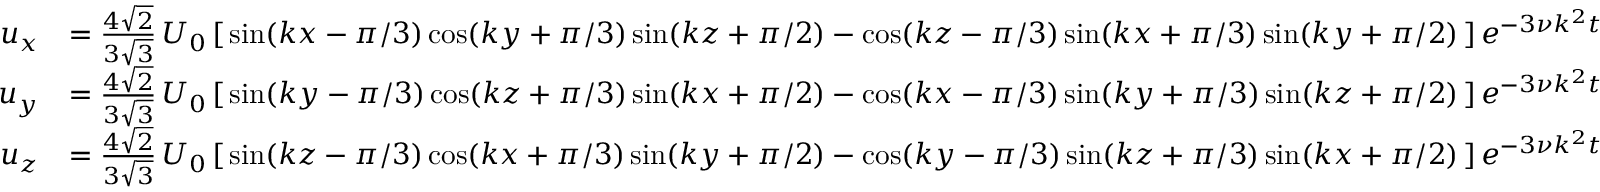
{ \begin{array} { r l } { u _ { x } } & { = { \frac { 4 { \sqrt { 2 } } } { 3 { \sqrt { 3 } } } } \, U _ { 0 } \left[ \, \sin ( k x - \pi / 3 ) \cos ( k y + \pi / 3 ) \sin ( k z + \pi / 2 ) - \cos ( k z - \pi / 3 ) \sin ( k x + \pi / 3 ) \sin ( k y + \pi / 2 ) \, \right] e ^ { - 3 \nu k ^ { 2 } t } } \\ { u _ { y } } & { = { \frac { 4 { \sqrt { 2 } } } { 3 { \sqrt { 3 } } } } \, U _ { 0 } \left[ \, \sin ( k y - \pi / 3 ) \cos ( k z + \pi / 3 ) \sin ( k x + \pi / 2 ) - \cos ( k x - \pi / 3 ) \sin ( k y + \pi / 3 ) \sin ( k z + \pi / 2 ) \, \right] e ^ { - 3 \nu k ^ { 2 } t } } \\ { u _ { z } } & { = { \frac { 4 { \sqrt { 2 } } } { 3 { \sqrt { 3 } } } } \, U _ { 0 } \left[ \, \sin ( k z - \pi / 3 ) \cos ( k x + \pi / 3 ) \sin ( k y + \pi / 2 ) - \cos ( k y - \pi / 3 ) \sin ( k z + \pi / 3 ) \sin ( k x + \pi / 2 ) \, \right] e ^ { - 3 \nu k ^ { 2 } t } } \end{array} }